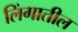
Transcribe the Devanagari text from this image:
लिंगातील